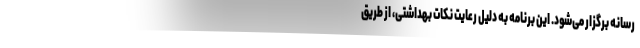
رسانه برگزار می‌شود. این برنامه به دلیل رعایت نکات بهداشتی، از طریق